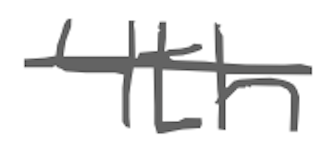
Text: 4th
Cross-out: single-line
Writing tool: digital_gray